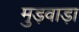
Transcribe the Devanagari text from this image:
मुड़वाड़ा